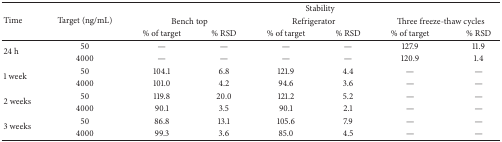
<table><thead><tr><td rowspan="3"><b>Time</b></td><td rowspan="3"><b>Target (ng/mL)</b></td><td colspan="6"><b>Stability</b></td></tr><tr><td colspan="2"><b>Bench top</b></td><td colspan="2"><b>Refrigerator</b></td><td colspan="2"><b> Three freeze-thaw cycles</b></td></tr><tr><td><b>% of target</b></td><td><b>% RSD</b></td><td><b>% of target</b></td><td><b>% RSD</b></td><td><b>% of target</b></td><td><b>% RSD</b></td></tr></thead><tbody><tr><td rowspan="2">24 h</td><td>50</td><td>—</td><td>—</td><td>—</td><td>—</td><td>127.9</td><td>11.9</td></tr><tr><td>4000</td><td>—</td><td>—</td><td>—</td><td>—</td><td>120.9</td><td>1.4</td></tr><tr><td rowspan="2">1 week</td><td>50</td><td>104.1</td><td>6.8</td><td>121.9</td><td>4.4</td><td>—</td><td>—</td></tr><tr><td>4000</td><td>101.0</td><td>4.2</td><td>94.6</td><td>3.6</td><td>—</td><td>—</td></tr><tr><td rowspan="2">2 weeks</td><td>50</td><td>119.8</td><td>20.0</td><td>121.2</td><td>5.2</td><td>—</td><td>—</td></tr><tr><td>4000</td><td>90.1</td><td>3.5</td><td>90.1</td><td>2.1</td><td>—</td><td>—</td></tr><tr><td rowspan="2">3 weeks</td><td>50</td><td>86.8</td><td>13.1</td><td>105.6</td><td>7.9</td><td>—</td><td>—</td></tr><tr><td>4000</td><td>99.3</td><td>3.6</td><td>85.0</td><td>4.5</td><td>—</td><td>—</td></tr></tbody></table>